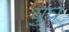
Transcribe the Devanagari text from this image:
युघ